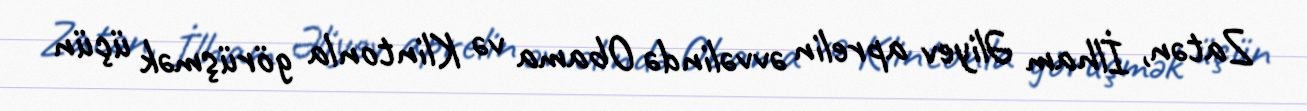
Zatən, İlham Əliyev aprelin əvvəlində Obama və Klintonla görüşmək üçün